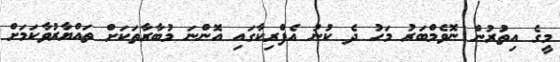
މީގެ އިތުރުން ނޮވެމްބަރު މަހު ދެ ކުނު އެފްރިކާގައި އޮންނަ މުބާރާތަކަށް ތައްޔާރުވާކަމަށް